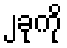
၂ခုကို